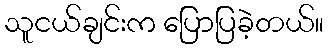
သူငယ်ချင်းက ပြောပြခဲ့တယ်။